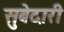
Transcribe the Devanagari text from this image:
सुबेदारी